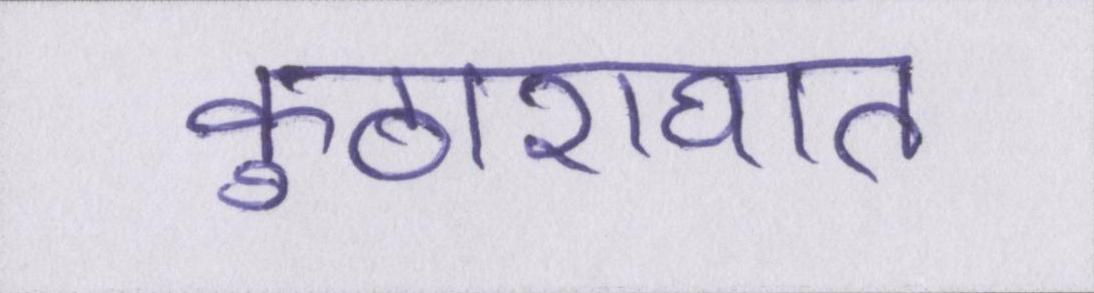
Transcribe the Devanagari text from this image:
कुठाराघात